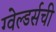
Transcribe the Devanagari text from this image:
ग्वेल्डर्सची